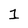
Character: 1